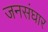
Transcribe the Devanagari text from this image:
जनसंघार